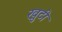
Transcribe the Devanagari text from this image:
खुटी